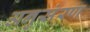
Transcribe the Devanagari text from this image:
अनुसंरण